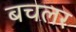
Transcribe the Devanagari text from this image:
बचलर